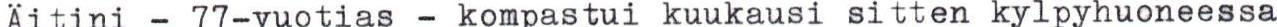
Aitini - 77-vuotias - kompastui kuukausi sitten kylpyhuoneessa